Maali_päevik, lk 68
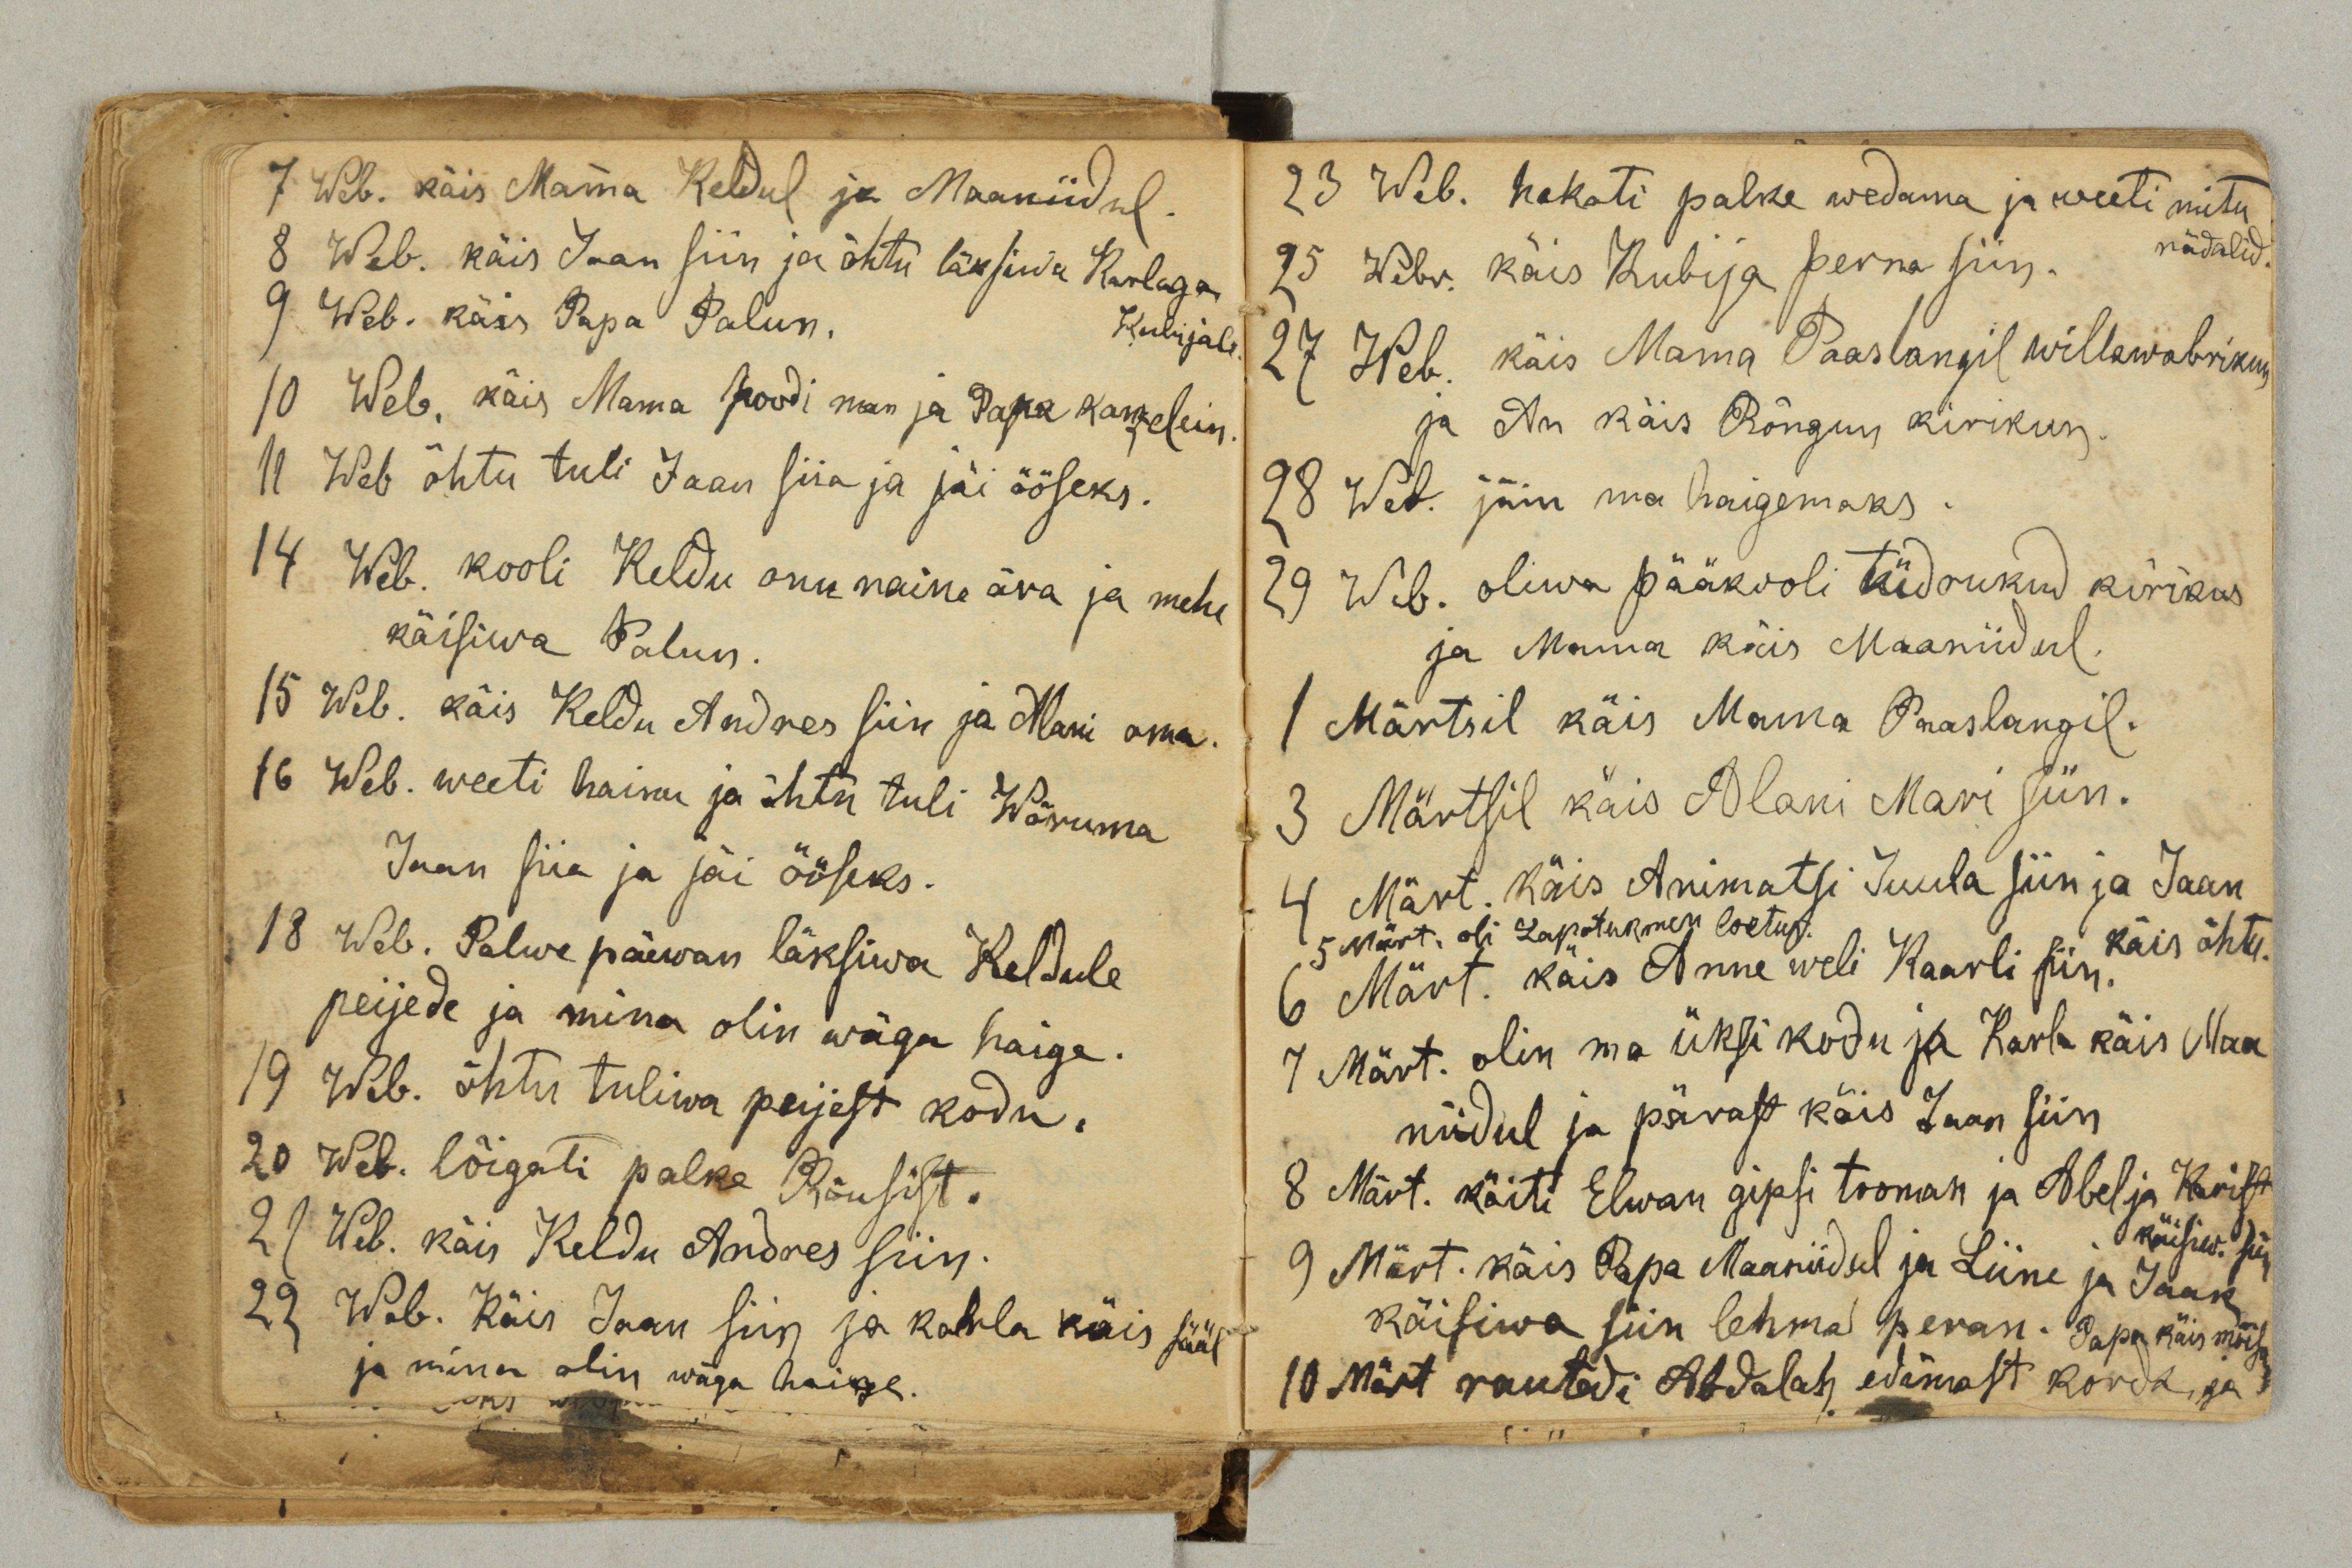
7 Web. käis Mama Keldul ja Maaniidul.
8 Web. käis Jaan siin ja õhtu läksiwa Karlaga
Kubijale.
9 Web. käis Papa Palun.
10 Web. käis Mama poodi man ja Papa kanzelein.
11 Web. õhtu tuli Jaan siia ja jäi ööseks.
14 Web. kooli Keldu onu naine ära ja mehe
käisiwa Palun.
15 Web. käis Keldu Andres siin ja Alani oma.
16 Web. weeti hainu ja õhtu tuli Wõruma
Jaan siia ja jäi ööseks.
18 Web. Palwe päewan läksiwa Keldule
peijede ja mina olin wäga haige.
19 Web. õhtu tuliwa peijest kodu.
20 Web. lõigati palke Rõusist.
21 Web. käis Keldu Andres siin.
22 Web. käis Jaan siin ja Karla käis sääl
ja mina olin wäga haige.

23 Web. hakati palke wedama ja weeti mitu
nädalid.
25 Web. käis Kubija perna siin.
27 Web. käis Mama Paaslangil willawabrikun
ja An käis Rõngun kirikun.
28 Web. jäin ma haigemaks.
29 Web. oliwa pääkooli tüdrukud kirikus
ja Mama käis Maaniidul.
1 Märtsil käis Mama Paaslangil.
3 Märtsil käis Alani Mari siin.
4 Märt. käis Animatsi Juula siin ja Jaan
käis õhtu.
5 Märt. oli Lapotukmen loetus.
6 Märt. käis Anne weli Kaarli siin.
7 Märt. olin ma üksi kodu ja Karla käis Maa
niidul ja pärast käis Jaan siin
8 Märt. käiti Elwan gipsi tooman ja Abel ja Krist.
käisiw. siin.
9 Märt. käis Papa Maaniidul ja Liine ja Jaak
käisiwa siin lehma peran. Papa käis mõisa
10 Märt rautedi Abdalah edimast korda ja